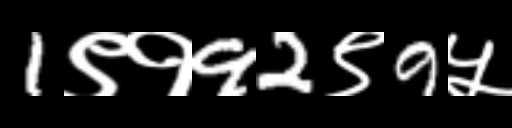
Text: 1९१92९9५